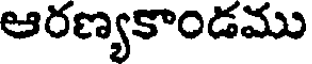
ఆరణ్యకాండము